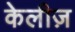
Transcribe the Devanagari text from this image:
केलीज़